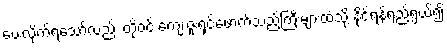
ပေးလိုက်ရသော်လည်း တို့ဝင် ကျေးဇူးရှင်ဖောက်သည်ကြီးများထံသို့ နိုင်ရန်ရည်ရွယ်၍